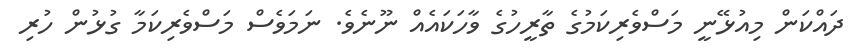
ދައްކަން މިއުޅޭނީ މަސްވެރިކަމުގެ ތާރީހުގެ ވާހަކައެއް ނޫނެވެ. ނަމަވެސް މަސްވެރިކަމާ ގުޅުން ހުރި